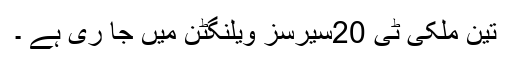
تین ملکی ٹی 20سیرسز ویلنگٹن میں جا ری ہے ۔